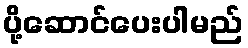
ပို့ဆောင်ပေးပါမည်